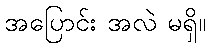
အပြောင်း အလဲ မရှိ။